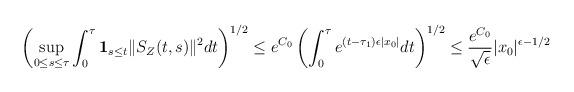
LaTeX: \begin{align*}\begin{aligned}\left(\sup_{0 \le s \le \tau}\int_0^\tau \mathbf{1}_{s\le t} \|S_{Z}(t,s)\|^2 dt \right)^{1/2} \le e^{C_0} \left(\int_0^{\tau} e^{(t-\tau_1) \epsilon |x_0|}dt\right)^{1/2} \le \frac{e^{C_0}}{\sqrt{\epsilon}} |x_0|^{\epsilon - 1/2}\end{aligned}\end{align*}